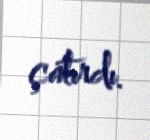
çatırdı.